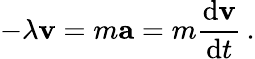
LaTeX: -\lambda\mathbf{v}=m\mathbf{a}=m{\frac{\mathrm{d}\mathbf{v}}{\mathrm{d}t}}\, .